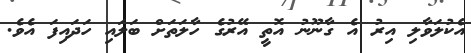
އެކުލަވާލި އިރު އެ ގާނޫނު އޮތީ އޭރުގެ ހާލަތަށް ބަލައި ހަދައިފަ އެވެ.